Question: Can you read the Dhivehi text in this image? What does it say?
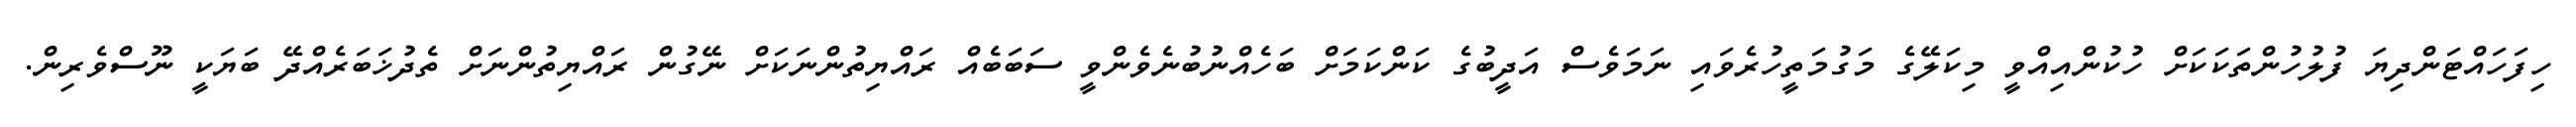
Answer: ހިފަހައްޓަންދިޔަ ފުލުހުންތަކަކަށް ހުކުންއިއްވީ މިކަލޭގެ މަގުމަތީހުރެވައި ނަމަވެސް އަދީބުގެ ކަންކަމަށް ބަހެއްނުބުނެވެންވީ ސަބަބެއް ރައްޔިތުންނަކަށް ނޭގުން ރައްޔިތުންނަށް ތެދުޚަބަރެއްދޭ ބަޔަކީ ނޫސްވެރިން.